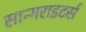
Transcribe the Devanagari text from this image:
सान्गराइटर्स